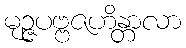
မုဉ္ဇပဗ္ဗဇဟိန္တာလာ